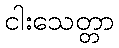
ငါးသေတ္တာ